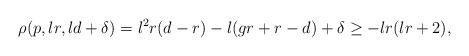
LaTeX: \begin{align*} \rho(p,lr,ld+\delta)=l^2 r(d-r)-l(gr+r-d)+\delta \geq -lr(lr+2),\end{align*}